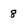
Character: 8